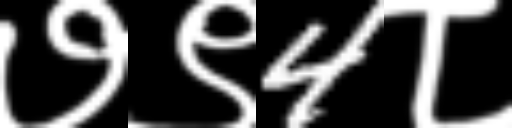
Text: ७९4८